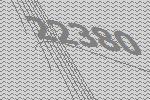
22380